Indian journal of veterinary science and animal husbandry - Volume 9,
Year: 1939
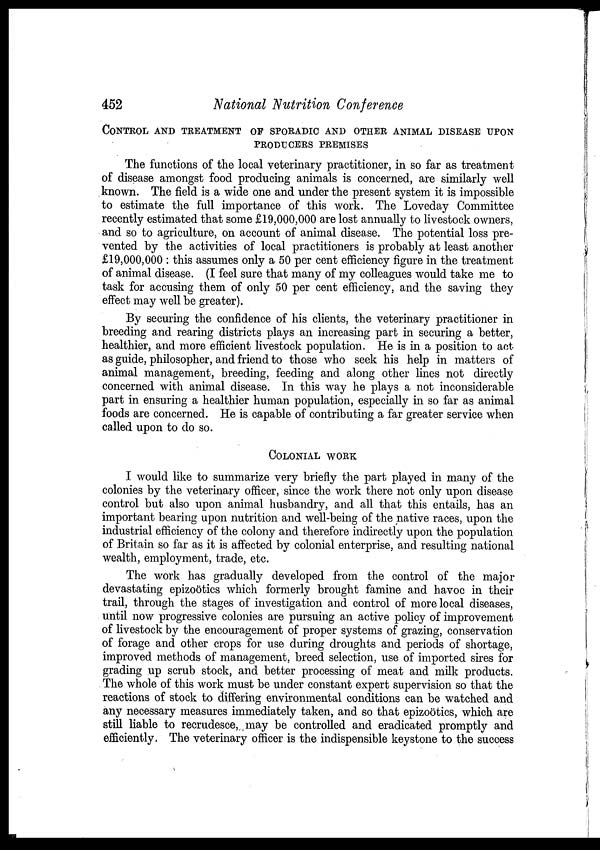
452
National Nutrition Conference
CONTROL AND TREATMENT OF SPORADIC AND OTHER ANIMAL DISEASE UPON
PRODUCERS PREMISES
The functions of the local veterinary practitioner, in so far as treatment
of disease amongst food producing animals is concerned, are similarly well
known. The field is a wide one and under the present system it is impossible
to estimate the full importance of this work. The Loveday Committee
recently estimated that some £19,000,000 are lost annually to livestock owners,
and so to agriculture, on account of animal disease. The potential loss pre-
vented by the activities of local practitioners is probably at least another
£19,000,000 : this assumes only a 50 per cent efficiency figure in the treatment
of animal disease. (I feel sure that many of my colleagues would take me to
task for accusing them of only 50 per cent efficiency, and the saving they
effect may well be greater).
By securing the confidence of his clients, the veterinary practitioner in
breeding and rearing districts plays an increasing part in securing a better,
healthier, and more efficient livestock population. He is in a position to act
as guide, philosopher, and friend to those who seek his help in matters of
animal management, breeding, feeding and along other lines not directly
concerned with animal disease. In this way he plays a not inconsiderable
part in ensuring a healthier human population, especially in so far as animal
foods are concerned. He is capable of contributing a far greater service when
called upon to do so.
COLONIAL WORK
I would like to summarize very briefly the part played in many of the
colonies by the veterinary officer, since the work there not only upon disease
control but also upon animal husbandry, and all that this entails, has an
important bearing upon nutrition and well-being of the native races, upon the
industrial efficiency of the colony and therefore indirectly upon the population
of Britain so far as it is affected by colonial enterprise, and resulting national
wealth, employment, trade, etc.
The work has gradually developed from the control of the major
devastating epizoötics which formerly brought famine and havoc in their
trail, through the stages of investigation and control of more local diseases,
until now progressive colonies are pursuing an active policy of improvement
of livestock by the encouragement of proper systems of grazing, conservation
of forage and other crops for use during droughts and periods of shortage,
improved methods of management, breed selection, use of imported sires for
grading up scrub stock, and better processing of meat and milk products.
The whole of this work must be under constant expert supervision so that the
reactions of stock to differing environmental conditions can be watched and
any necessary measures immediately taken, and so that epizootics, which are
still liable to recrudesce, may be controlled and eradicated promptly and
efficiently. The veterinary officer is the indispensible keystone to the success